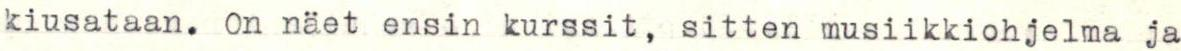
kiusataan. On näet ensin kurssit, sitten musiikkiohjelma ja